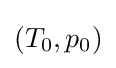
\left(T_{0},p_{0}\right)